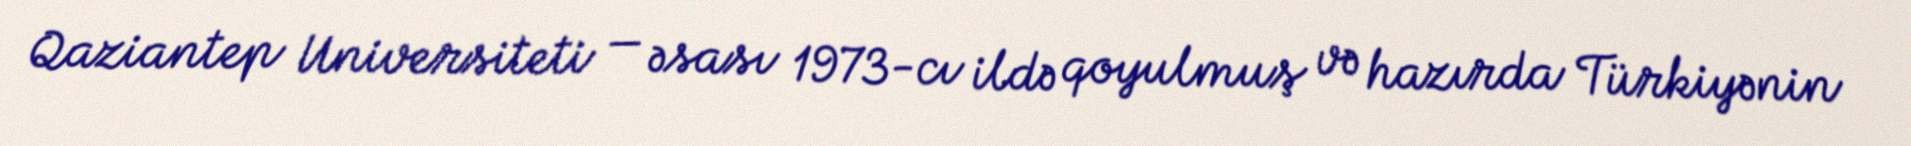
Qaziantep Universiteti — əsası 1973-cı ildə qoyulmuş və hazırda Türkiyənin